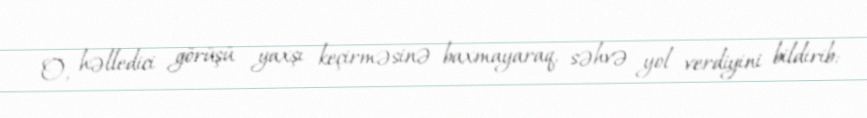
O, həlledici görüşü yaxşı keçirməsinə baxmayaraq, səhvə yol verdiyini bildirib: